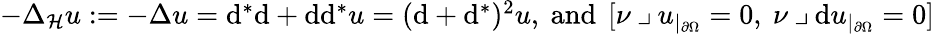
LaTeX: \begin{array}{r}{-\Delta_{\mathcal{H}}u:=-\Delta u=\mathrm{d}^{\ast}\mathrm{d}+\mathrm{d}\mathrm{d}^{\ast}u=(\mathrm{d}+\mathrm{d}^{\ast})^{2}u\mathrm{,~and~}\, [\nu\mathbin{\lrcorner}u_{|_{\partial\Omega}}=0\mathrm{,~}\nu\mathbin{\lrcorner}\mathrm{d}u_{|_{\partial\Omega}}=0]}\end{array}